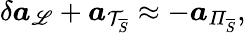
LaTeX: \delta\boldsymbol{a}_{\mathscr{L}}+\boldsymbol{a}_{\mathcal{{T}}_{\overline{{{S}}}}}\approx-\boldsymbol{a}_{\mathit{{\Pi}}_{\overline{{{S}}}}},